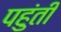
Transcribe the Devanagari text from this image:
पहुंती